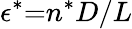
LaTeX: \epsilon^{*}{=}n^{*}D/L